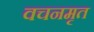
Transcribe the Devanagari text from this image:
वचनमृत